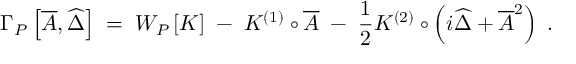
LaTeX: \Gamma _ { P } \left[ \overline { { { A } } } , \widehat { \Delta } \right] \; = \; W _ { P } \left[ { \cal K } \right] \; - \; { \cal K } ^ { ( 1 ) } \circ \overline { { { A } } } \; - \; \frac { 1 } { 2 } { \cal K } ^ { ( 2 ) } \circ \left( i \widehat { \Delta } + \overline { { { A } } } ^ { 2 } \right) \; .